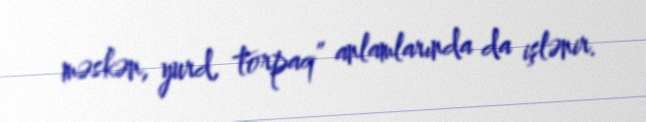
məskən, yurd, torpaq” anlamlarında da işlənir.